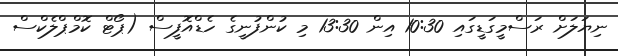
ނިޔަލަށް ރަސްމީގަޑީގައި 10:30 އިން 13:30 މި ކުންފުނީގެ ހެޑްއޮފީސް (ޕޯޓް ކޮމްޕްލެކްސް